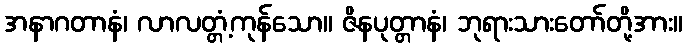
အနာဂတာနံ၊ လာလတ္တံ့ကုန်သော။ ဇိနပုတ္တာနံ၊ ဘုရားသားတော်တို့အား။